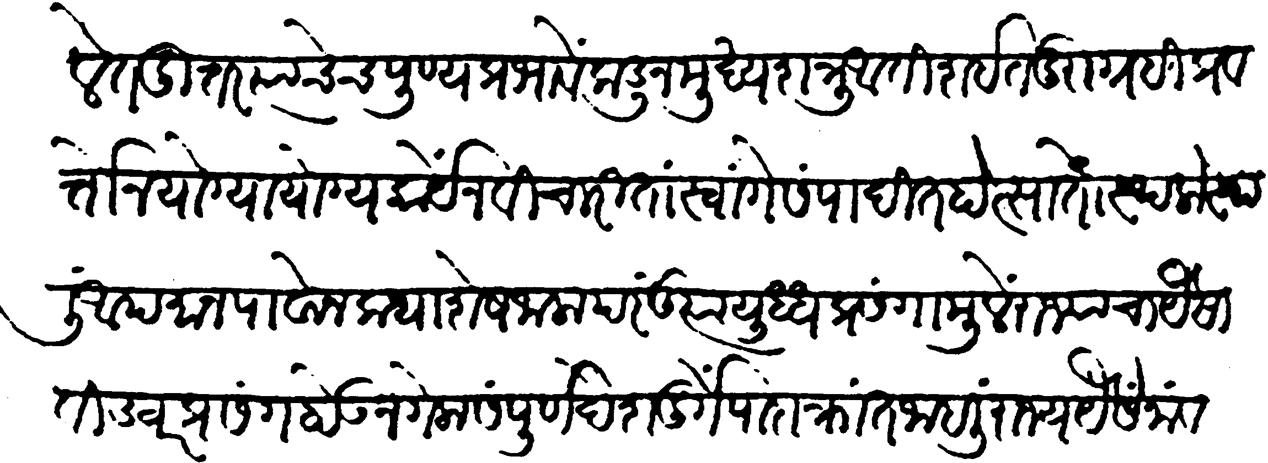
Transliteration (Devanagari): केले तदुत्तर त्यांचेच पुण्यप्रभावें कडून मुख्य शत्रु अतिशयित दुराग्रहीं प्रवर्तोन योग्यायोग्य कार्ये न विचारितां स्वांगें संपादित होत्साता स्थलो स्थलीं अपमान पावोन कथा शेष जाला परंतु त्या युद्ध प्रसंगामुळे राज्याचा यैसा विज्वर प्रसंग होऊन गेला संपूर्ण देशदुर्गे पादाक्रांत जाहली राज्य यैसें नांव